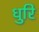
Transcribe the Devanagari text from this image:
धुरि